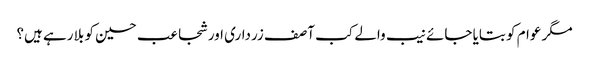
مگر عوام کو بتایا جائے نیب والے کب آصف زرداری اور شجاعب حسین کو بلا رہے ہیں؟